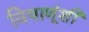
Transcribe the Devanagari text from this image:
विषाणूंशी